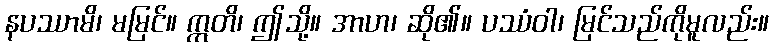
နပဿာမိ၊ မမြင်။ ဣတိ၊ ဤသို့။ အာဟ၊ ဆို၏။ ပဿံဝါ၊ မြင်သည်ကိုမူလည်း။